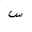
Letter: _sin